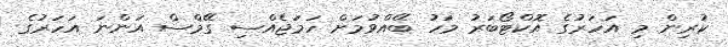
ކުރިން މި އަހަރުގެ އޮކްޓޯބަރު މަހު ބޭއްވުމަށް ހަމަޖެއްސި ގޭމްސް އަންނަ އަހަރުގެ